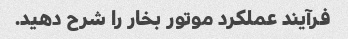
فرآیند عملکرد موتور بخار را شرح دهید.